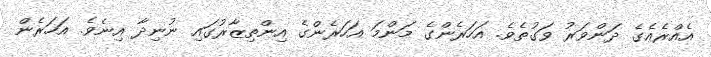
އެއްރެއެގެ ދަންވަރު ވަގުތެވެ. އަހަރެންގެ މަންމަ އަހަރެންގެ އިންތިޒާރުގައި ނުނިދާ އިނެވެ. އަހަރެން